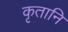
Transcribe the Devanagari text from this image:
कृतानि